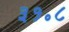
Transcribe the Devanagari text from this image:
३१॰८